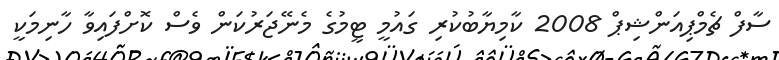
ސާފް ޗެމްޕިއަންޝިޕް 2008 ކާމިޔާބުކުރި ގައުމީ ޓީމުގެ މެނޭޖަރުކަން ވެސް ކޮށްފައިވާ ހާނިމަކީ